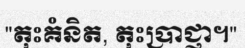
"តុះគំនិត, តុះប្រាជ្ញា។"